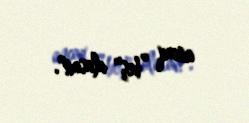
ancaq ”beş" alasan".